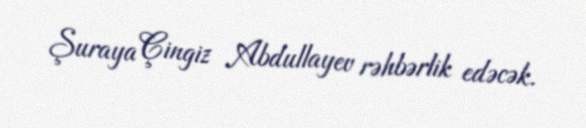
Şuraya Çingiz Abdullayev rəhbərlik edəcək.